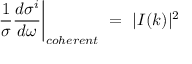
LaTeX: \left. \frac { 1 } { \sigma } \frac { d \sigma ^ { i } } { d \omega } \right| _ { c o h e r e n t } \ = \ | I ( k ) | ^ { 2 }